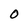
Character: O